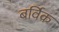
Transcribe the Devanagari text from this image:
बर्विक